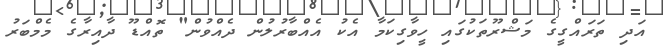
އަދި ތަރައްގީގެ މަޝްރޫތަކުގައި ހީވާގިކަމާ އެކު އެއްބާރުލުން ދެއްވުން" ތޮއްޑޫ ދާއިރާގެ މެމްބަރު